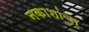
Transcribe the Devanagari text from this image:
नकाशांचा